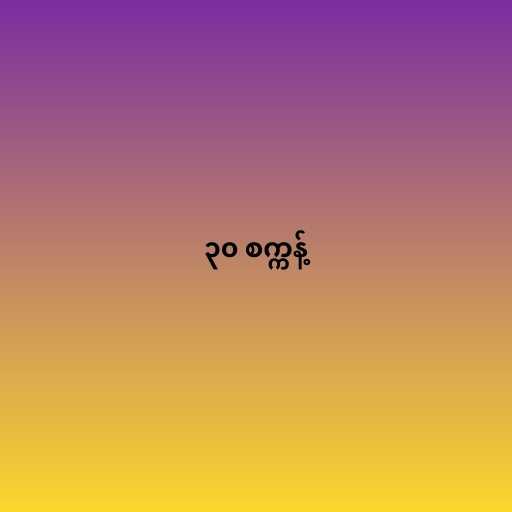
၃၀ စက္ကန့်